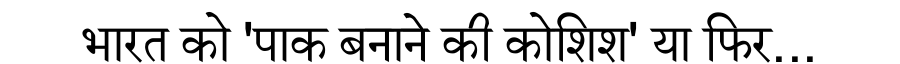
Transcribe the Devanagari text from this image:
भारत को 'पाक बनाने की कोशिश' या फिर...